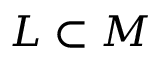
L \subset M